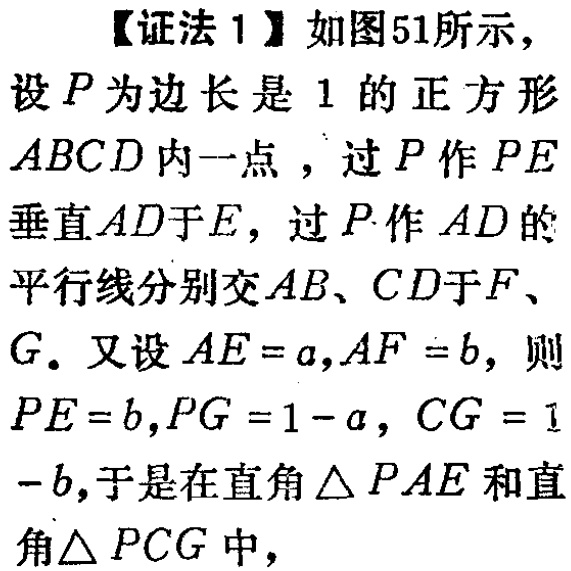
【证法 1】如图51所示，
设\(P\)为边长是\(1\)的正方形\(ABCD\)内一点，过\(P\)作\(PE\)垂直\(AD\)于\(E\)，过\(P\)作\(AD\)的平行线分别交\(AB\)、\(CD\)于\(F\)、\(G\)。又设\(AE = a,AF = b\)，则\(PE = b,PG = 1 - a\)，\(CG = 1 - b\)，于是在直角\(\triangle PAE\)和直角\(\triangle PCG\)中，